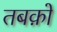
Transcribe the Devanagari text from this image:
तबक़ों